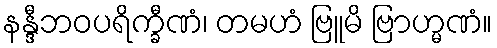
နန္ဒီဘဝပရိက္ခီဏံ၊ တမဟံ ဗြူမိ ဗြာဟ္မဏံ။